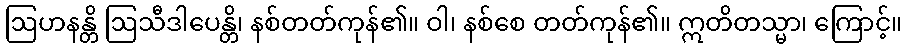
ဩဟနန္တိ ဩသီဒါပေန္တိ၊ နစ်တတ်ကုန်၏။ ဝါ၊ နစ်စေ တတ်ကုန်၏။ ဣတိတသ္မာ၊ ကြောင့်။